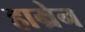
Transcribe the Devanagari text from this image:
हाम्रेन